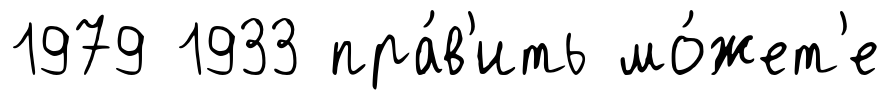
1979 1933 пра́в'ить мо́жет'е